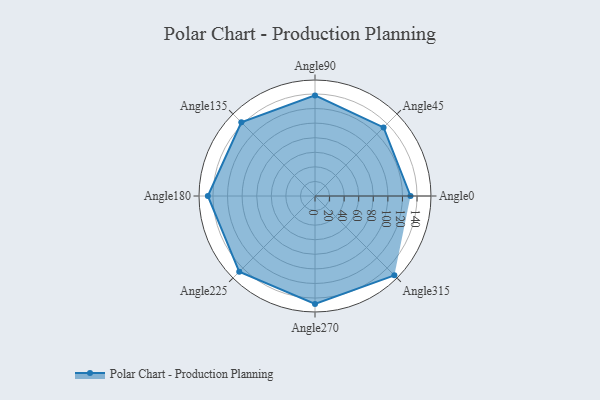
{"axis": {"x": "Angle", "y": "Radius"}, "legend": [""], "data": [{"x": "Angle0", "y": 131.0, "type": ""}, {"x": "Angle45", "y": 133.0, "type": ""}, {"x": "Angle90", "y": 138.0, "type": ""}, {"x": "Angle135", "y": 143.0, "type": ""}, {"x": "Angle180", "y": 147.0, "type": ""}, {"x": "Angle225", "y": 147.0, "type": ""}, {"x": "Angle270", "y": 148.0, "type": ""}, {"x": "Angle315", "y": 154.0, "type": ""}]}